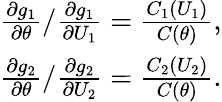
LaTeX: \begin{array}{r}{\frac{\partial g_{1}}{\partial\theta}/\frac{\partial g_{1}}{\partial U_{1}}=\frac{C_{1}(U_{1})}{C(\theta)},}\\ {\frac{\partial g_{2}}{\partial\theta}/\frac{\partial g_{2}}{\partial U_{2}}=\frac{C_{2}(U_{2})}{C(\theta)}.}\end{array}